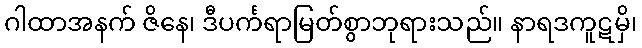
ဂါထာအနက် ဇိနေ၊ ဒီပင်္ကရာမြတ်စွာဘုရားသည်။ နာရဒကူဋမှိ၊